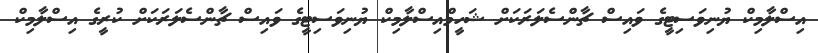
އިސްލާމިކް ޔުނިވަސިޓީގެ ވައިސް ޗާންސެލަރަކަށް ޝަހީމްއިސްލާމިކް ޔުނިވަސިޓީގެ ވައިސް ޗާންސެލަރަކަށް ކުރީގެ އިސްލާމިކް